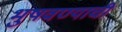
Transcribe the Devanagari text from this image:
भुषवण्याची